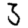
Digit: 3